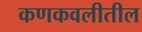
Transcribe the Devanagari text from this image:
कणकवलीतील